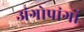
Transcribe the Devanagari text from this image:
अंगोपांगों